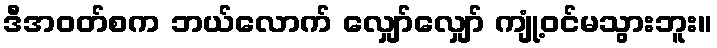
ဒီအဝတ်စက ဘယ်လောက် လျှော်လျှော် ကျုံ့ဝင်မသွားဘူး။